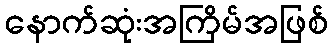
နောက်ဆုံးအကြိမ်အဖြစ်